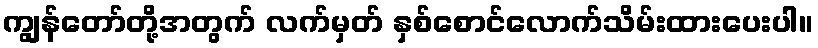
ကျွန်တော်တို့အတွက် လက်မှတ် နှစ်စောင်လောက်သိမ်းထားပေးပါ။